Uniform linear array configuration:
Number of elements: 32
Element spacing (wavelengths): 1
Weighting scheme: exponential
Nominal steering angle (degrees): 30
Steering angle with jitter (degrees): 28.194
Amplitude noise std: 0.05
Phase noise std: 0.05

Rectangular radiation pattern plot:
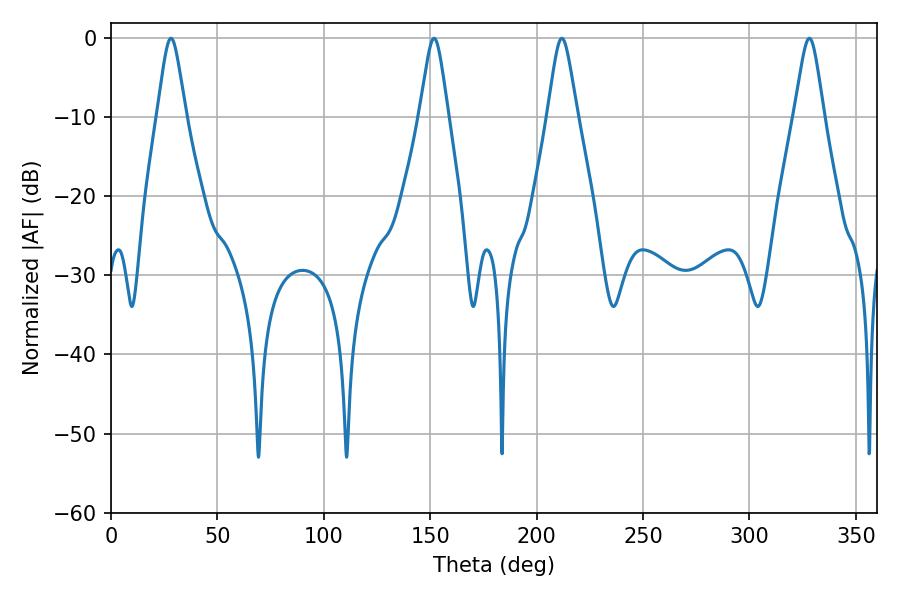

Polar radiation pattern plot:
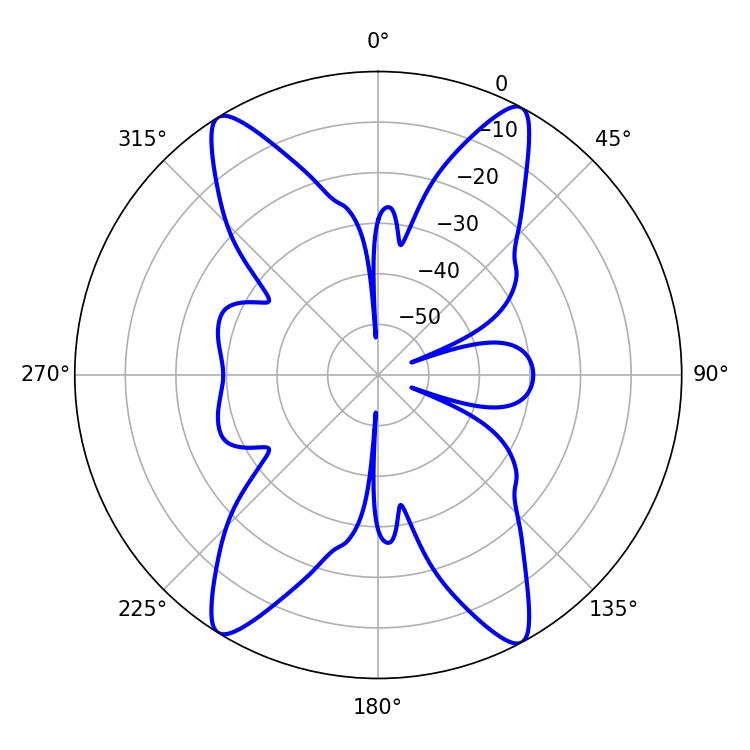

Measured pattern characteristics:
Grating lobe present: TRUE
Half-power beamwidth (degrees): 6.66
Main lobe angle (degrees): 211.86